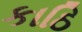
કાઠિ